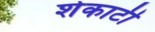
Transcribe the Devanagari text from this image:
शेकाटी